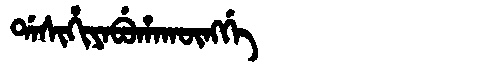
Manchu: ᡩᠠᠰᡳᡥᡳᠶᠠᠪᡠᡥᠠᡴᡡᠩᡤᡝ
Romanization: DASIHIYABUHAKŪNGGE